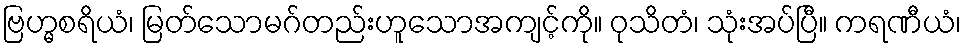
ဗြဟ္မစရိယံ၊ မြတ်သောမဂ်တည်းဟူသောအကျင့်ကို။ ဝုသိတံ၊ သုံးအပ်ပြီ။ ကရဏီယံ၊